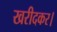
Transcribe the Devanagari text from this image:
खरीदकर।